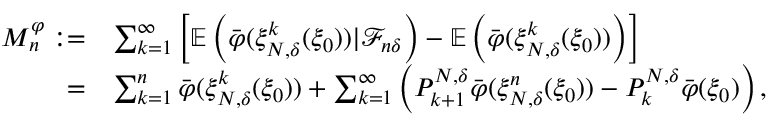
\begin{array} { r l } { M _ { n } ^ { \varphi } : = } & { \sum _ { k = 1 } ^ { \infty } \left[ \mathbb { E } \left( \bar { \varphi } ( \xi _ { N , \delta } ^ { k } ( \xi _ { 0 } ) ) | \mathcal { F } _ { n \delta } \right) - \mathbb { E } \left( \bar { \varphi } ( \xi _ { N , \delta } ^ { k } ( \xi _ { 0 } ) ) \right) \right] } \\ { = } & { \sum _ { k = 1 } ^ { n } \bar { \varphi } ( \xi _ { N , \delta } ^ { k } ( \xi _ { 0 } ) ) + \sum _ { k = 1 } ^ { \infty } \left( P _ { k + 1 } ^ { N , \delta } \bar { \varphi } ( \xi _ { N , \delta } ^ { n } ( \xi _ { 0 } ) ) - P _ { k } ^ { N , \delta } \bar { \varphi } ( \xi _ { 0 } ) \right) , } \end{array}